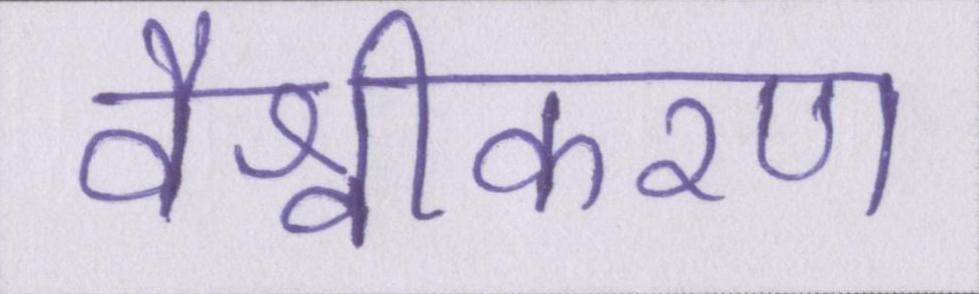
वैश्वीकरण